Lunatic asylums Central Provinces reports 1910-1926 - 1910-1926
Year: 1910
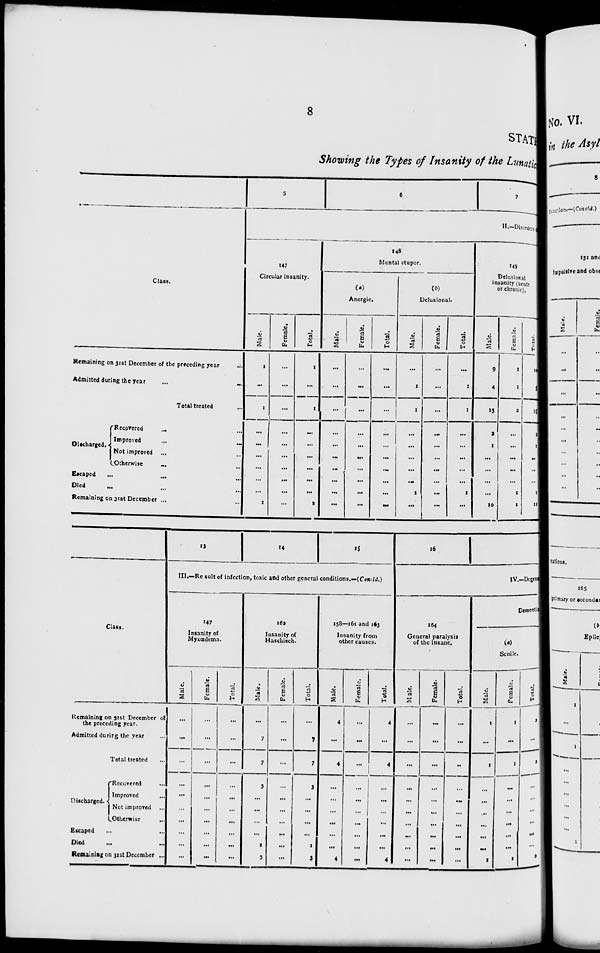
8
STATE
Showing the Types of Insanity of the Lunatics
Class.
Remaining on 31st December of the preceding year ...
Admitted during the Year ...
...
Total treated ...
Discharged.
Recovered
... ...
Improved ... ...
Not improved ... ...
Otherwise
... ...
Escaped ... ... ...
Died ... ... ...
Remaining on 31st December ... ...
5
6
7
I.—Disorders of
147
Circular insanity.
Male.
1
...
1
...
...
...
...
...
...
1
Female.
...
...
...
...
...
...
...
...
...
...
Total.
1
...
1
...
...
...
...
...
...
1
148
Mental stupor.
(a)
Anergic.
Male.
...
...
...
...
...
...
...
...
...
...
Female.
...
...
...
...
...
...
...
...
...
...
Total.
...
...
...
...
...
...
...
...
...
...
(b)
Delusional.
Male.
...
1
1
...
...
...
...
...
1
...
Female.
...
...
...
...
...
...
...
...
...
...
Total.
...
1
1
...
...
...
...
...
1
...
149
Delusional
insanity (acute
or chronic).
Male.
9
4
13
2
1
...
...
...
...
10
Female.
1
1
2
...
...
...
...
...
1
1
Total.
10
5
15
2
1
...
...
...
1
11
Class.
Remaining on 31st December of
the preceding year.
Admitted during the year ...
Total treated ...
Discharged.
Recovered ...
Improved ...
Not improved ...
Otherwise ...
Escaped ... ...
Died
...
...
Remaining on 31st December ...
13
14
15
III.—Result of infection, toxic and other general conditions.—(Concld.)
147
Insanity of
Myxœdema.
Male.
...
...
...
...
...
...
...
...
...
...
Female.
...
...
...
...
...
...
...
...
...
...
Total.
...
...
...
...
...
...
...
...
...
...
162
Insanity of
Haschisch.
Male.
...
7
7
3
...
...
...
...
1
3
Female.
...
...
...
...
...
...
...
...
...
...
Total.
...
7
7
3
...
...
...
...
1
3
158—161 and 163
Insanity from
other causes.
Male.
4
...
4
...
...
...
...
...
...
4
Female.
...
...
...
...
...
...
...
...
...
...
Total.
4
...
4
...
...
...
...
...
...
4
16
IV.—Degene
164
General paralysis
of the Insane.
Male.
...
...
...
...
...
...
...
...
...
...
Female.
...
...
...
...
...
...
...
...
...
...
Total.
...
...
...
...
...
...
...
...
...
...
Dementia
(a)
Senile.
Male.
1
...
1
...
...
...
...
...
...
1
Female.
1
...
1
...
...
...
...
...
...
1
Total.
2
...
2
...
...
...
...
...
...
2